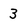
Character: 3